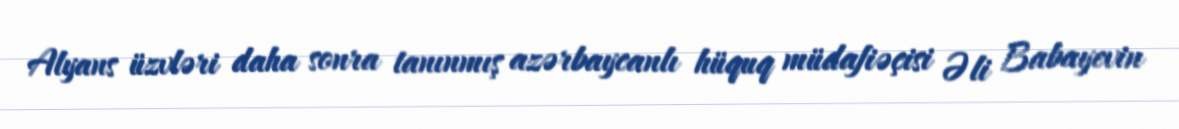
Alyans üzvləri daha sonra tanınmış azərbaycanlı hüquq müdafiəçisi Əli Babayevin